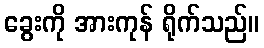
ခွေးကို အားကုန် ရိုက်သည်။